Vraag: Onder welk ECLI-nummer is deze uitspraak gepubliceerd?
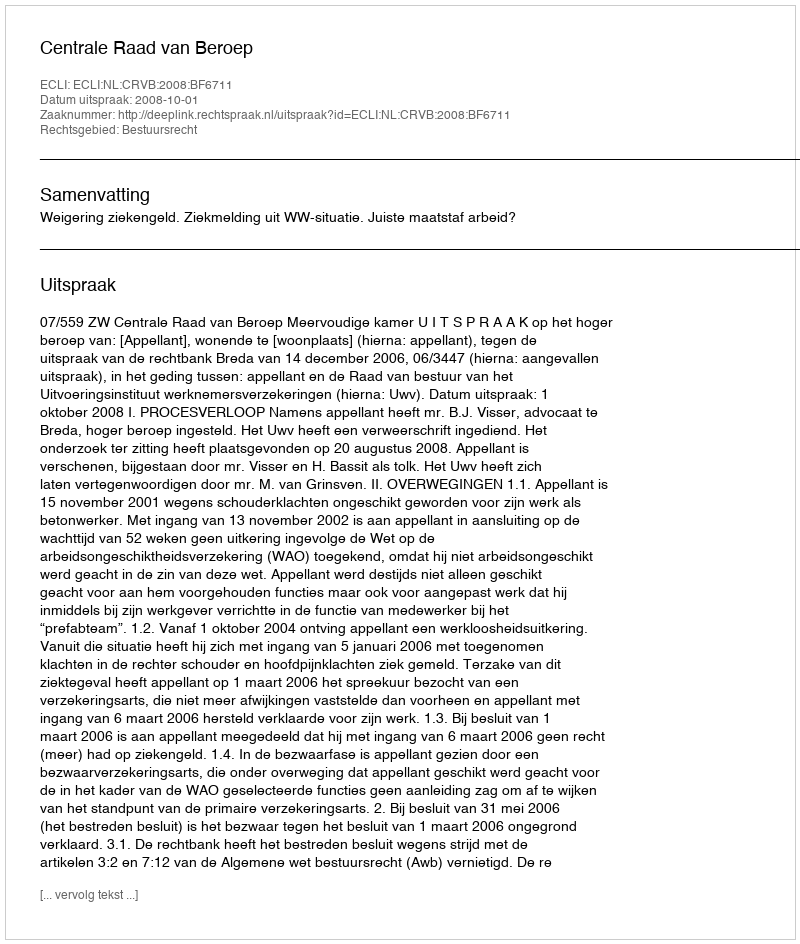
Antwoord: ECLI:NL:CRVB:2008:BF6711